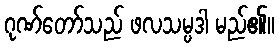
ဂုဏ်တော်သည် ဖလသမ္ပဒါ မည်၏။